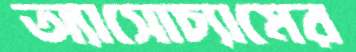
অ্যাসোচ্যামের